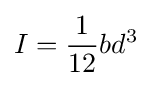
I={\frac {1}{12}}bd^{3}